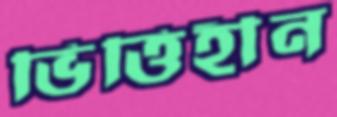
ভিত্তিহীন